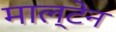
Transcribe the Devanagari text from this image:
माल्टेन